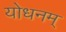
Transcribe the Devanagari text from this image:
योधनम्